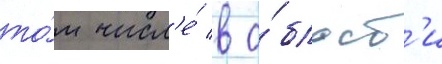
то́м числ'е́ в о́бласт'и